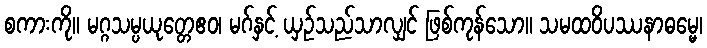
စကားကို။ မဂ္ဂသမ္ပယုတ္တေဧဝ၊ မဂ်နှင့် ယှဉ်သည်သာလျှင် ဖြစ်ကုန်သော။ သမထဝိပဿနာဓမ္မေ၊